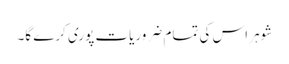
شوہر اس کی تمام ضروریات پوری کرے گا۔